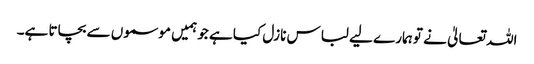
اللہ تعالیٰ نے تو ہمارے لیے لباس نازل کیا ہے جو ہمیں موسموں سے بچاتا ہے۔